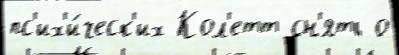
пс'их'и́ческ'их Кол'етт сн'ять о